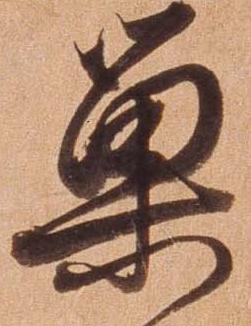
巣